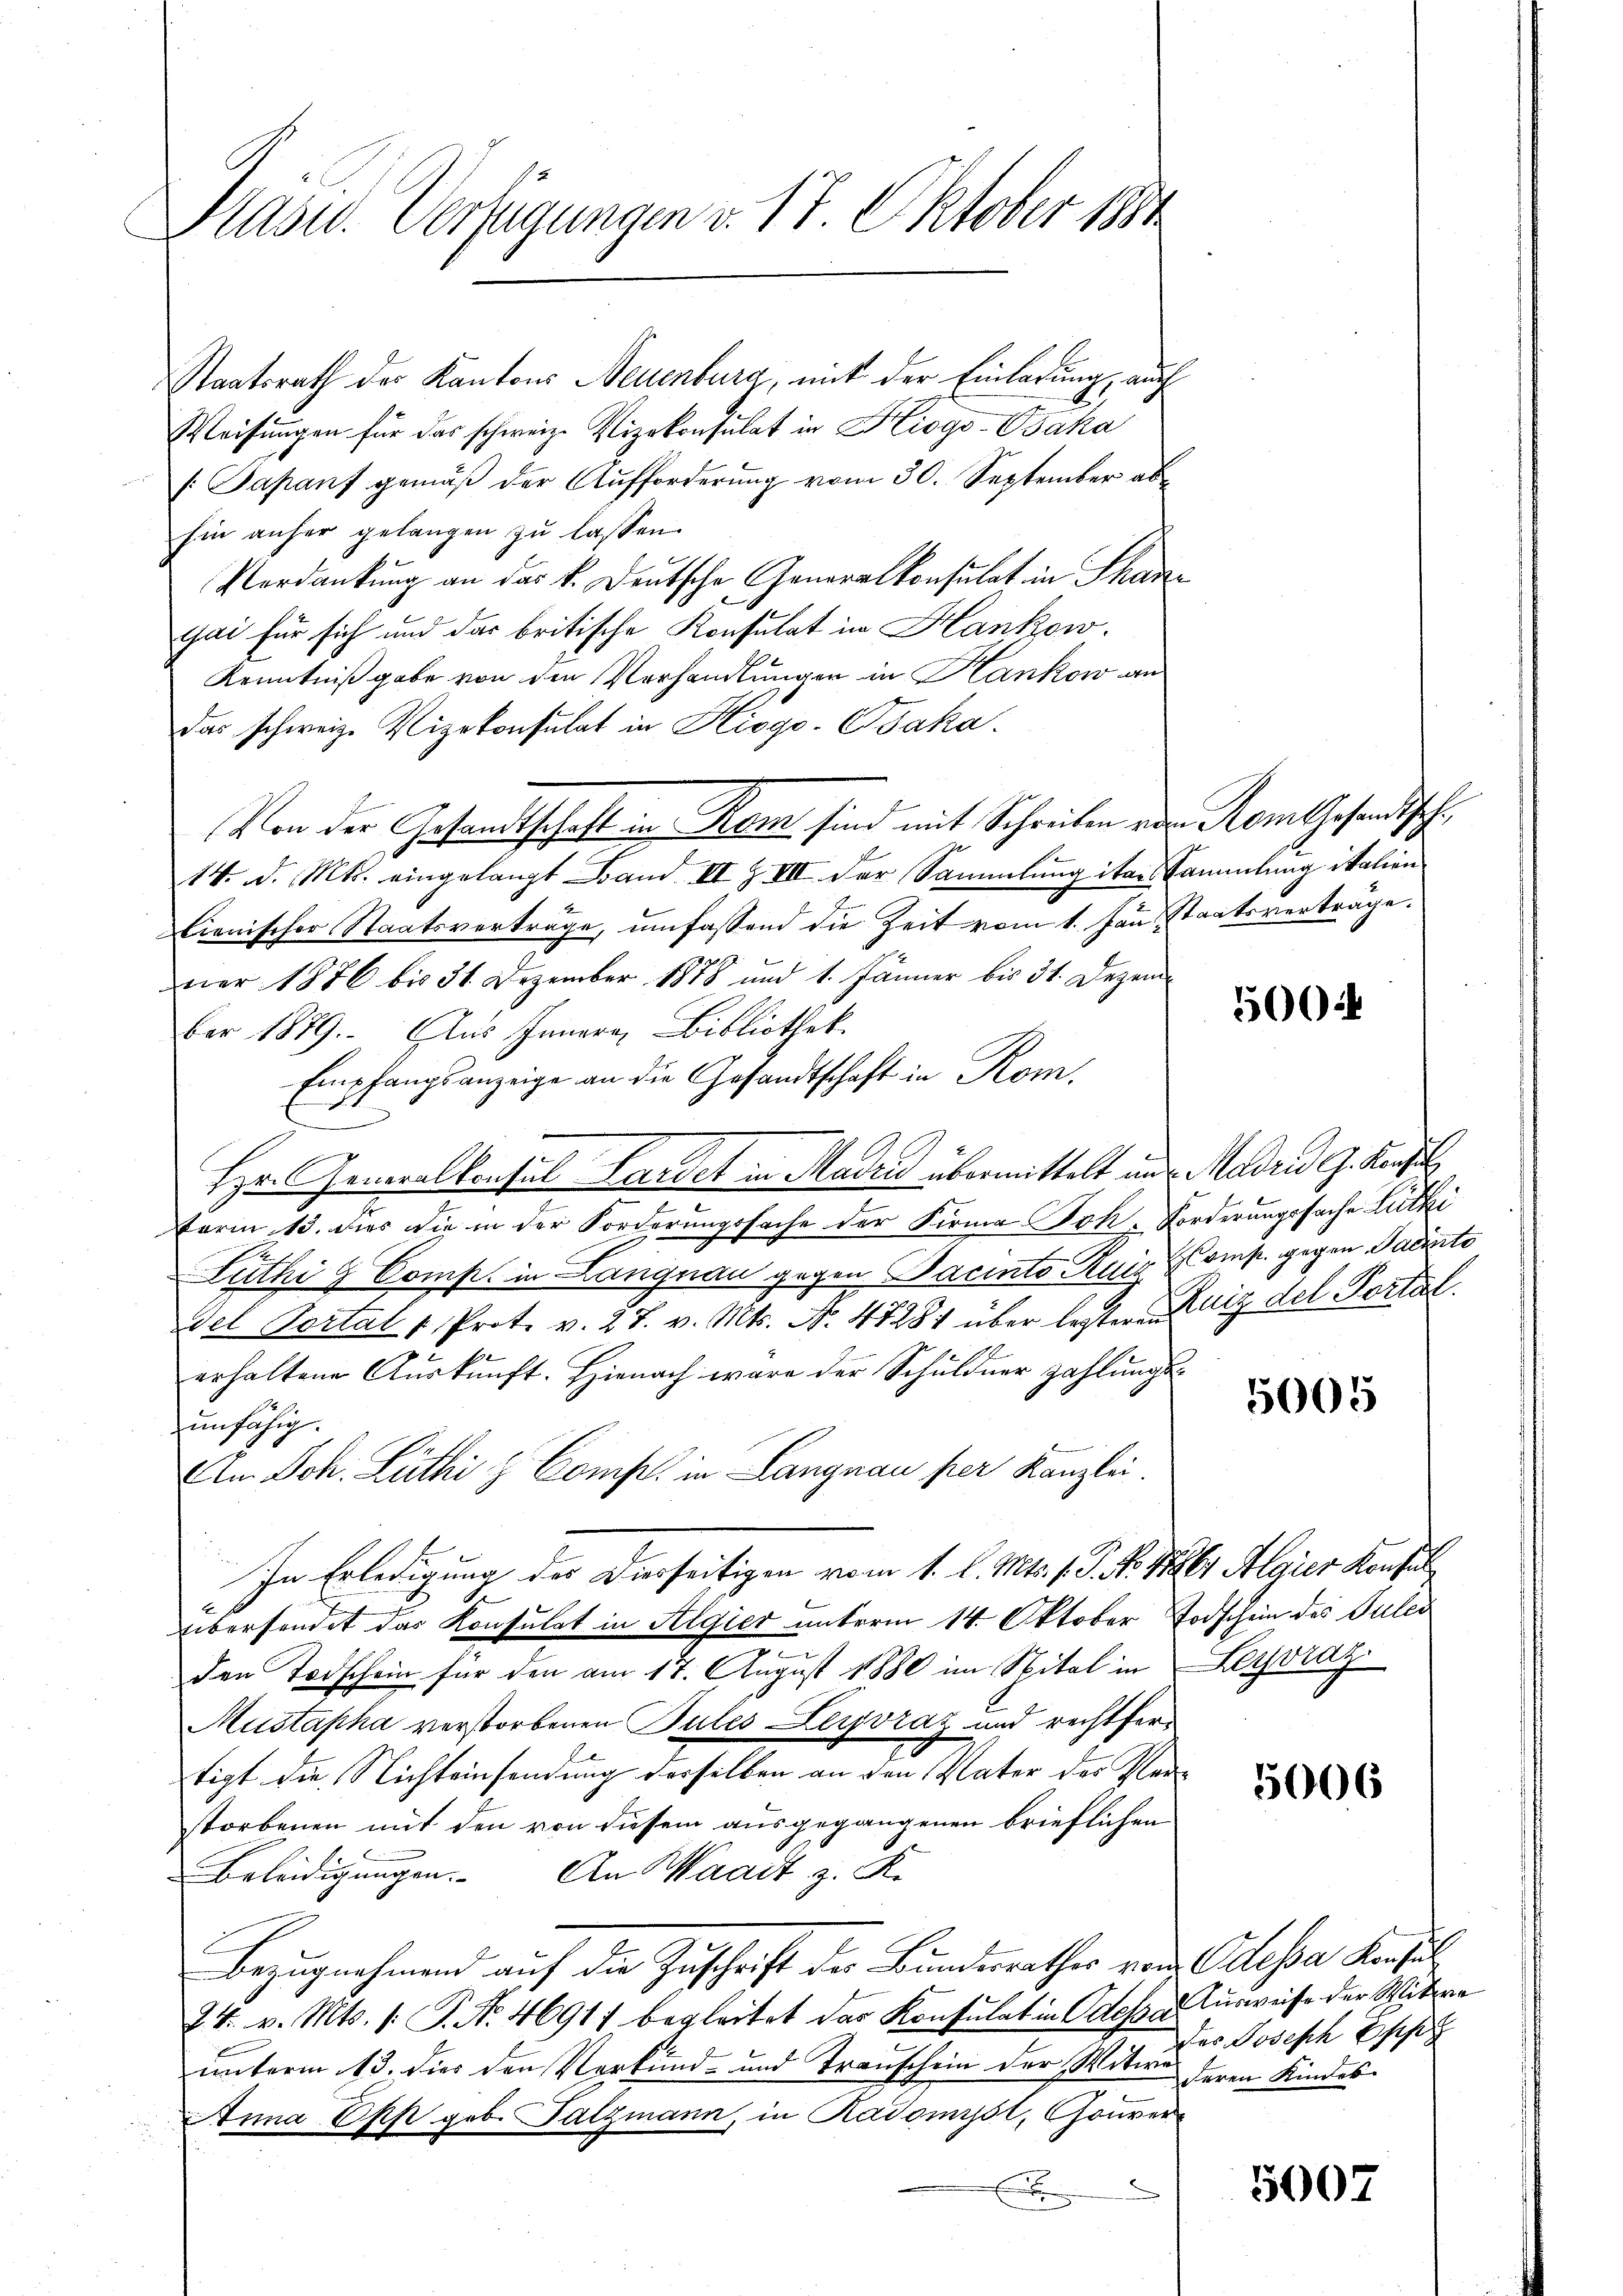
Präsid. Verfügungen v. 17. Oktober 1884

Staatsrath der Kantons Neuenburg, mit der Einladung, auch
Weisŭngen für das schweiz. Vizekonsulat in Kiogo-Baka
(Japanf gemäß der Aufforderung vom 30. September abhin anher gelangen zu lassen.
Verdankung an das k. Deutsche Generalkonsulat in Schan
gai für sich und das britische Konsulat in Hankow.
Kenntniß gabe von den Verhandlungen in Hankow an
das schweiz. Vizekonsulat in Hisgo-Gsaka.
Von der Gesandtschaft in Rom sind mit Schreiben oder Rom Gesandtsche
e
14. d. Mts. eingelangt Band II Z VII der Sammlung iter Sammlung italien
lienischer Staatsverträge, umfassend die Zeit vom 1. Jans staatsverträge.
ner 1876 bis 31. Dezember 1878 und 1. Jänner bis 31. Dezem
ber 1879. Aus Innern Bibliothek.
Empfangsanzeige an die Gesandtschaft in Rom.
Hr. Generalkonsul Landet in Madrid übermittelt und Madrid G. Konzil
Form 13. dies die in der Forderungssache der Firma Joh. Forderungssache Lüthi
Futhi & Comp. in Langnau gegen Pacinto Kuig Comp. gegen Facierte
el Portal v. Prot. v. 27. v. Mts. N. 47281 über leiter Kniz del Portal
erhaltene Auskunft. Hienach wäre der Schuldner zahlungsunfähig.
Am Joh. Lüthi z. Comp. in Langnau per Kanzlei.
In Erledigung des Dierseitigen vom 1. l. Mts. f. P. Nr. 17261 Algier Konsul
übersendet das Konsulat in Algier unterm 14. Oktober Todschein des Puler
u
den Todschein für den am 17. August 1880 im Nital in Leysvraz
Mustapha verstorbenen Bules Leyvraz und rechtfertigt die Nichteinsendung derselben an den Vater der Perstorbenen mit den von diesem ausgegangenen brieflichen
Beleidigungen. An Waadt z. K.
Bezugnahmend auf die Zuschrift der Bundesrathes von Odessa Konsul
24. v. Mts. 1. P. Nr. 46917 begleitet der Konsulat in Odesser Ausweise der Witwe
unterm 13. dies den Verkund- und Transchein der Witwe deren Kindes
Anna Epp geb. Falzmann, in Kadomyst, Gouver
E

500

5005

5006

Des Joseph Epp

5007